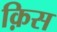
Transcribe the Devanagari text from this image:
क़िस